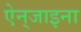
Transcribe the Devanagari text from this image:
ऐन्‌जाइना